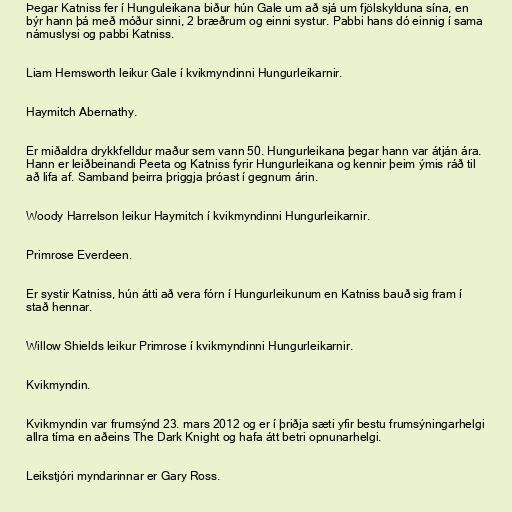
Þegar Katniss fer í Hunguleikana biður hún Gale um að sjá um fjölskylduna sína, en
býr hann þá með móður sinni, 2 bræðrum og einni systur. Pabbi hans dó einnig í sama
námuslysi og pabbi Katniss.

Liam Hemsworth leikur Gale í kvikmyndinni Hungurleikarnir.

Haymitch Abernathy.

Er miðaldra drykkfelldur maður sem vann 50. Hungurleikana þegar hann var átján ára.
Hann er leiðbeinandi Peeta og Katniss fyrir Hungurleikana og kennir þeim ýmis ráð til
að lifa af. Samband þeirra þriggja þróast í gegnum árin.

Woody Harrelson leikur Haymitch í kvikmyndinni Hungurleikarnir.

Primrose Everdeen.

Er systir Katniss, hún átti að vera fórn í Hungurleikunum en Katniss bauð sig fram í
stað hennar.

Willow Shields leikur Primrose í kvikmyndinni Hungurleikarnir.

Kvikmyndin.

Kvikmyndin var frumsýnd 23. mars 2012 og er í þriðja sæti yfir bestu frumsýningarhelgi
allra tíma en aðeins The Dark Knight og hafa átt betri opnunarhelgi.

Leikstjóri myndarinnar er Gary Ross.